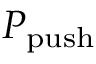
\ensuremath { P _ { \mathrm { p u s h } } }